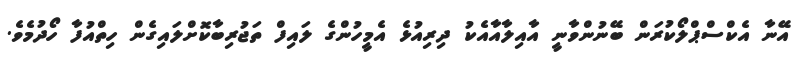
އޭނާ އެކްސްޕްލޯކުރަން ބޭނުންވާނީ އާއިލާއާއެކު ދިރިއުޅެ އެމީހުންގެ ލައިފް ތަޖުރިބާކޮށްލައިގެން ހިތްއުފާ ހޯދުމެވެ.